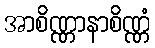
အာစိဏ္ဏာနာစိဏ္ဏံ